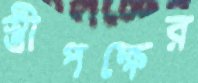
স্ত্রীপক্ষের